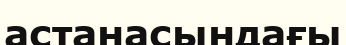
астанасындағы